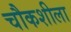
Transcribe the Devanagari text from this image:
चौकशीला